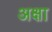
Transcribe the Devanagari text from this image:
अक्षा